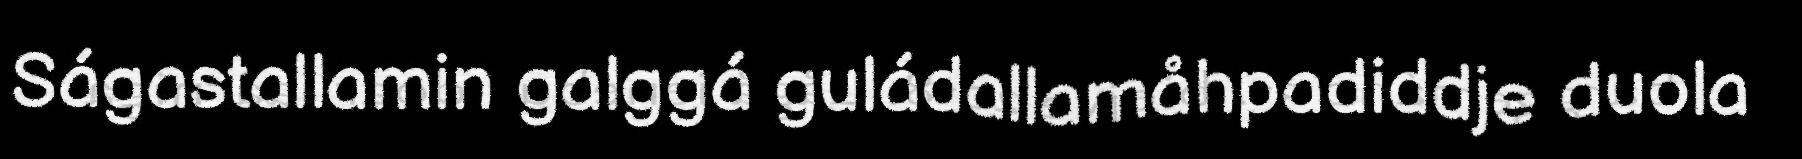
Ságastallamin galggá guládallamåhpadiddje duola